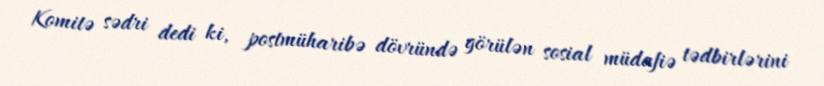
Komitə sədri dedi ki, postmüharibə dövründə görülən sosial müdafiə tədbirlərini